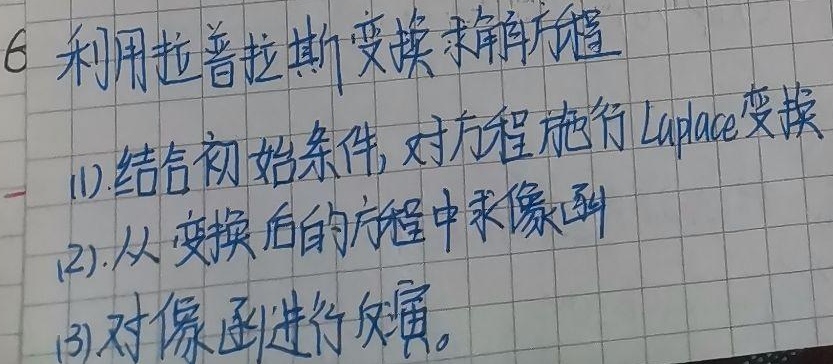
6 利用拉普拉斯变换求解方程(1).结合初始条件, 对方程施行Laplace变换(2).从变换后的方程中求像函(3).对像函进行反演。